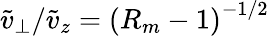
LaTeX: \tilde{v}_{\perp}/\tilde{v}_{z}=\left(R_{m}-1\right)^{-1/2}